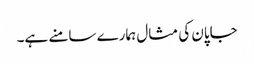
جاپان کی مثال ہمارے سامنے ہے۔